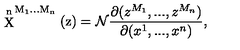
\mathrm { \stackrel { n } { X } ^ { M _ 1 . . . M _ n } ( z ) = { \cal N } } \frac { \partial ( z ^ { M _ { 1 } } , . . . , z ^ { M _ { n } } ) } { \partial ( x ^ { 1 } , . . . , x ^ { n } ) } ,